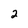
Character: 2